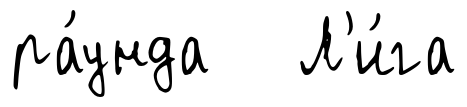
ра́унда Л'и́га